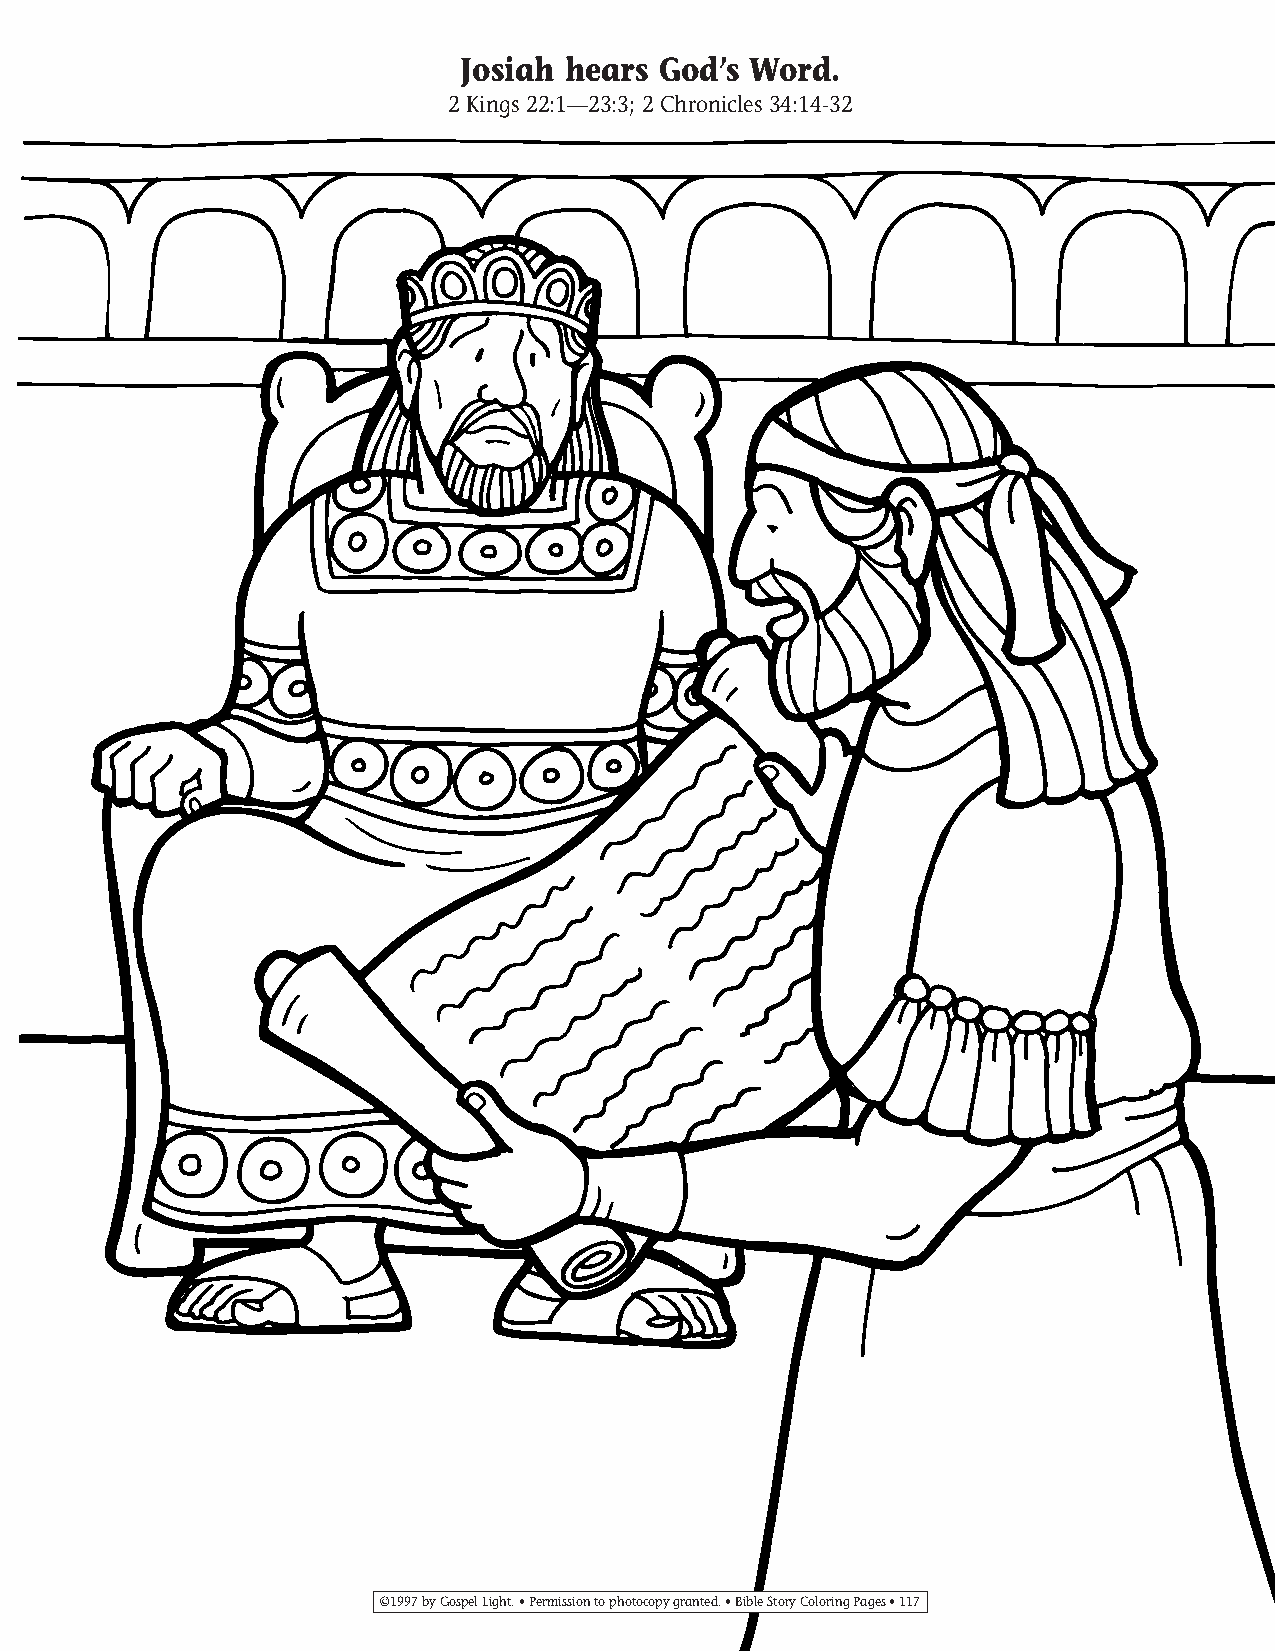
095-124 Coloring pgs_095-124 Coloring pgs 2/19/14 11:48 AM Page 117
 Josiah hears God’s Word.
 2 Kings 22:1—23:3; 2 Chronicles 34:14-32
 ©1997 by Gospel Light. • Permission to photocopy granted. • Bible Story Coloring Pages • 117